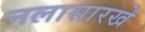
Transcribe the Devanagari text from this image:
नलासारखे